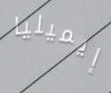
إيميليا